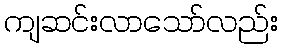
ကျဆင်းလာသော်လည်း